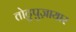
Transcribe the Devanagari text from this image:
तोटुपुज़ायार